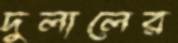
দুলালের